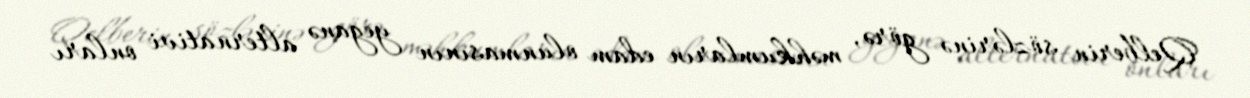
Qelberin sözlərinə görə, məhkumların edam olunmasının yeganə alternativi onları